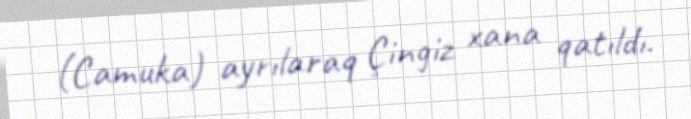
(Camuka) ayrılaraq Çingiz xana qatıldı.